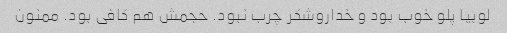
لوبیا پلو خوب بود و خداروشکر چرب نبود. حجمش هم کافی بود. ممنون